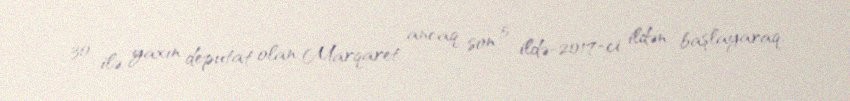
30 ilə yaxın deputat olan Marqaret ancaq son 5 ildə-2017-ci ildən başlayaraq,